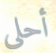
أحلى